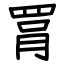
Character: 罥